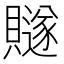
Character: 𧸙